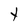
Character: Y